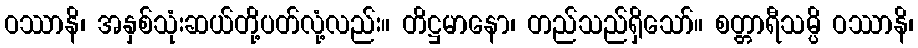
ဝဿာနိ၊ အနှစ်သုံးဆယ်တို့ပတ်လုံ့လည်း။ တိဋ္ဌမာနော၊ တည်သည်ရှိသော်။ စတ္တာရီသမ္ပိ ဝဿာနိ၊